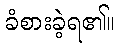
ခံစားခဲ့ရ၏။